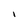
Character: I